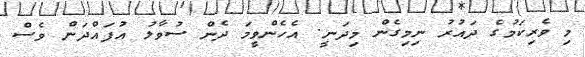
މި ވެރިކަމުގެ ދައުރު ނިމިގެން މިދަނީ. އެހެންވީމަ ދެން ސުވާލު އުފައްދަން ވެސް